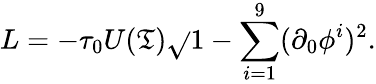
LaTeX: L=-\tau_{0}U(\mathfrak{T})\sqrt{}{{1-\sum_{i=1}^{9}(\partial_{0}\phi^{i})^{2}}}.